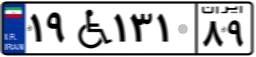
۱۹W۱۳۱۸۹